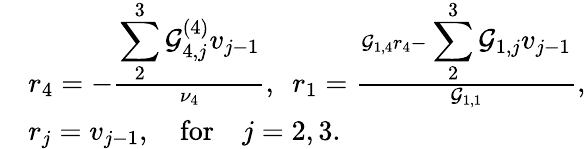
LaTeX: \begin{array}{rl}&{r_{4}=-\frac{\displaystyle\sum_{2}^{3}\mathcal{G}_{4,j}^{(4)}v_{j-1}}{\nu_{4}},~~r_{1}=\frac{\mathcal{G}_{1,4}r_{4}-\displaystyle\sum_{2}^{3}\mathcal{G}_{1,j}v_{j-1}}{\mathcal{G}_{1,1}},}\\ &{r_{j}=v_{j-1},\quad\mathrm{for}\quad j=2,3.}\end{array}